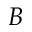
B